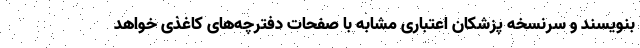
بنویسند و سرنسخه پزشکان اعتباری مشابه با صفحات دفترچه‌های کاغذی خواهد